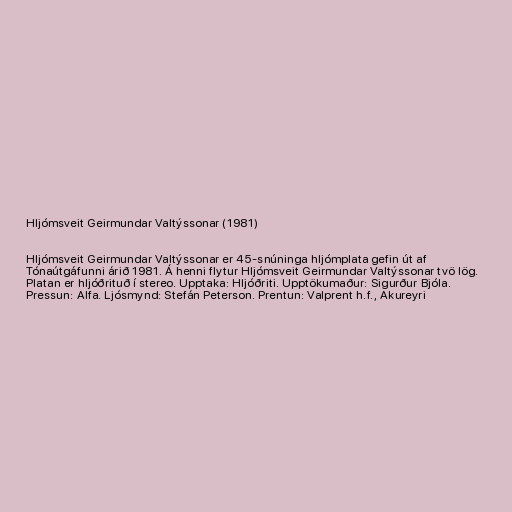
Hljómsveit Geirmundar Valtýssonar (1981)

Hljómsveit Geirmundar Valtýssonar er 45-snúninga hljómplata gefin út af
Tónaútgáfunni árið 1981. Á henni flytur Hljómsveit Geirmundar Valtýssonar tvö lög.
Platan er hljóðrituð í stereo. Upptaka: Hljóðriti. Upptökumaður: Sigurður Bjóla.
Pressun: Alfa. Ljósmynd: Stefán Peterson. Prentun: Valprent h.f., Akureyri